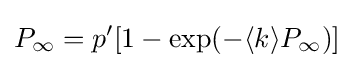
P_{\infty }=p'[1-\exp(-\langle k\rangle P_{\infty })]